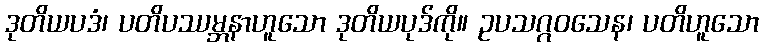
ဒုတိယပဒံ၊ ပတိပဿမ္ဘနာဟူသော ဒုတိယပုဒ်ကို။ ဥပသဂ္ဂဝသေန၊ ပတိဟူသော